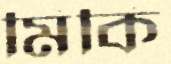
মিকি